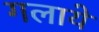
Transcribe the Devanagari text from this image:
गलाये